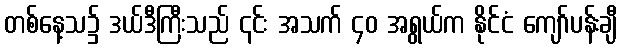
တစ်နေ့သ၌ ဒယ်ဒီကြီးသည် ၎င်း အသက် ၄၀ အရွယ်က နိုင်ငံ ကျော်ပန်းချီ